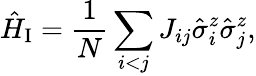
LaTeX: \hat{H}_{\mathrm{I}}=\frac{1}{N}\sum_{i<j}J_{ij}\hat{\sigma}_{i}^{z}\hat{\sigma}_{j}^{z},